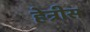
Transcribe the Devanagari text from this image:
हेन्रीस